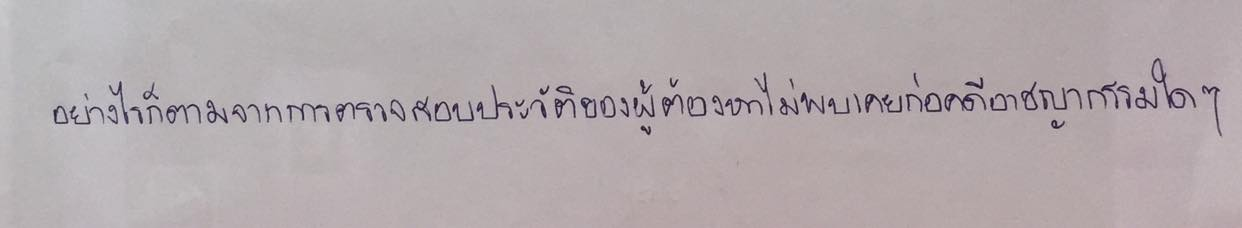
อย่างไรก็ตามจากการตรวจสอบประวัติของผู้ต้องหาไม่พบเคยก่อคดีอาชญากรรมใดๆ